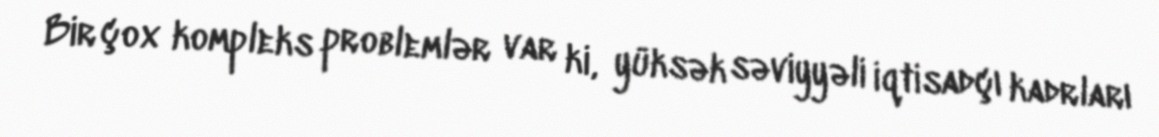
Bir çox kompleks problemlər var ki, yüksək səviyyəli iqtisadçı kadrları